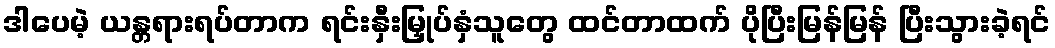
ဒါပေမဲ့ ယန္တရားရပ်တာက ရင်းနှီးမြှုပ်နှံသူတွေ ထင်တာထက် ပိုပြီးမြန်မြန် ပြီးသွားခဲ့ရင်